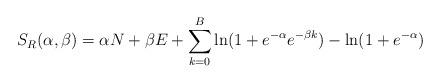
LaTeX: \begin{align*}{}S_R(\alpha, \beta) = \alpha N + \beta E + \sum_{k=0}^{B} \ln(1+ e^{-\alpha} e^{-\beta k} ) - \ln(1+e^{-\alpha}) \end{align*}